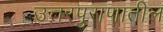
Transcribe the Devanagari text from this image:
उत्तरपुराणातील